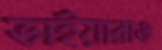
ভাইয়ারাও